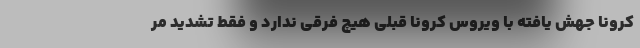
کرونا جهش یافته با ویروس کرونا قبلی هیچ فرقی ندارد و فقط تشدید مر